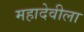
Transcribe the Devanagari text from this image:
महादेवीला